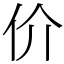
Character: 价